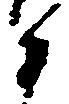
衛